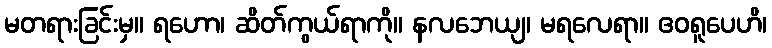
မတရားခြင်းမှ။ ရဟော၊ ဆိတ်ကွယ်ရာကို။ နလဘေယျ၊ မရလေရာ။ ဧဝရူပေဟိ၊